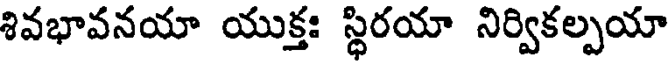
శివభావనయా యుక్తః స్థిరయా నిర్వికల్పయా